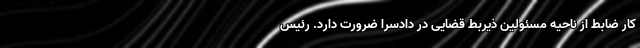
کار ضابط از ناحیه مسئولین ذیربط قضایی در دادسرا ضرورت دارد. رئیس